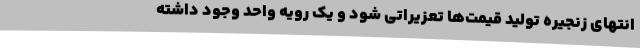
انتهای زنجیره تولید قیمت‌ها تعزیراتی شود و یک رویه واحد وجود داشته